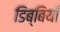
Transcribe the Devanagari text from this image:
डिब्बियाँ